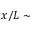
x / L \sim